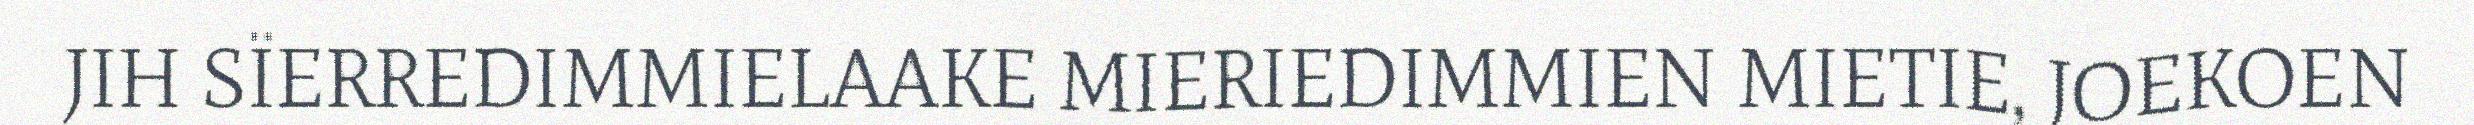
JIH SÏERREDIMMIELAAKE MIERIEDIMMIEN MIETIE, JOEKOEN